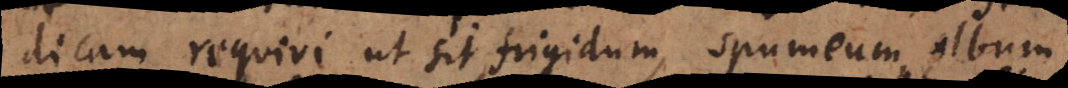
dicam requiri ut sit frigidum, spumeum, album,